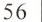
56